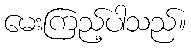
မေးကြည့်ပါသည်။